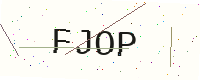
Text: FJOP